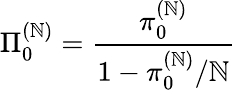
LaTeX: \Pi_{0}^{(\mathbb{N})}=\frac{{\pi_{0}^{(\mathbb{N})}}}{{1-\pi_{0}^{(\mathbb{N})}/\mathbb{N}}}